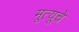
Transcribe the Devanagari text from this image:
मूत्यूचे